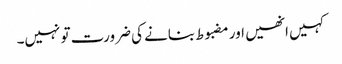
کہیں انھیں اور مضبوط بنانے کی ضرورت تو نہیں۔